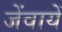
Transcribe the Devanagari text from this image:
जेंवायें